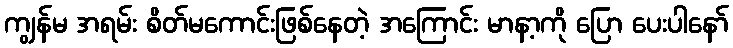
ကျွန်မ အရမ်း စိတ်မကောင်းဖြစ်နေတဲ့ အကြောင်း မာနာ့ကို ပြော ပေးပါနော်